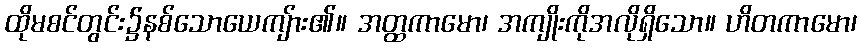
ထိုမစင်တွင်း၌နစ်သောယေကျ်ား၏။ အတ္ထကာမော၊ အကျိုးကိုအလိုရှိသော။ ဟိတကာမော၊